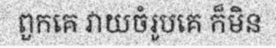
ពួកគេ វាយចំរូបគេ ក៏មិន